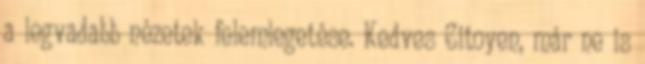
a legvadabb nézetek felemlegetése. Kedves Citoyen, már ne is